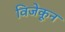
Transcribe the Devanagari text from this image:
विजेकून